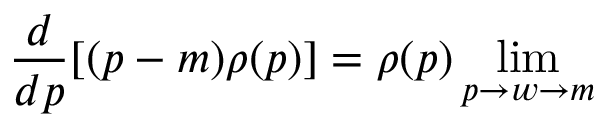
\frac { d } { d p } [ ( p - m ) \rho ( p ) ] = \rho ( p ) \operatorname * { l i m } _ { p \rightarrow w \rightarrow m }